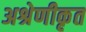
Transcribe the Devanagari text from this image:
अश्रेणीकृत